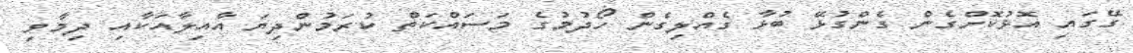
ގޭގައި އޮޅުކޮށްގެން ގެންގުޅޭ ބުޅާ ގެއްލިގެން ހޯދުމުގެ މަސަައްކަތް ކުރަމުންދިޔަ އާއިލާއަކާއި ދިމާވި